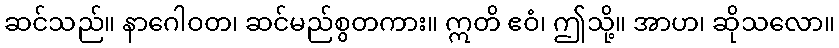
ဆင်သည်။ နာဂေါဝတ၊ ဆင်မည်စွတကား။ ဣတိ ဧဝံ၊ ဤသို့။ အာဟ၊ ဆိုသလော။